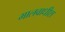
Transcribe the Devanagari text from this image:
मालवाधीश